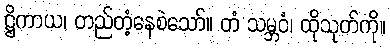
ဋ္ဌိကာယ၊ တည်တံ့နေစဲသော်။ တံ သမ္ဘဝံ၊ ထိုသုတ်ကို။